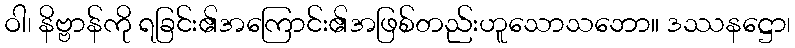
ဝါ၊ နိဗ္ဗာန်ကို ရခြင်း၏အကြောင်း၏အဖြစ်တည်းဟူသောသဘော။ ဒဿနဋ္ဌော၊